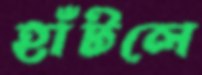
হাঁটলে